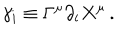
LaTeX: \gamma _ { i } \equiv \Gamma ^ { \mu } \partial _ { i } X ^ { \mu } \, .